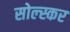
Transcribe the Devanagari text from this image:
सोल्स्कर